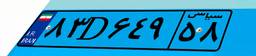
۸۳D۶۴۹۵۸